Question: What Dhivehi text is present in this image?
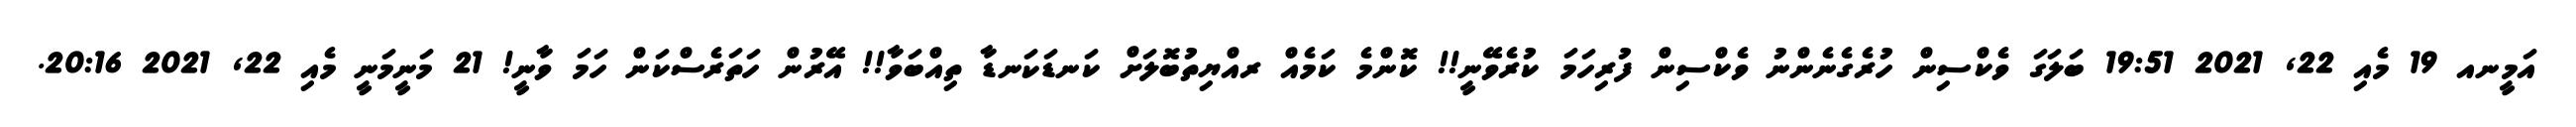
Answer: އަމީނއ 19 މެއި 22, 2021 19:51 ބަލަގަ ވެކްސިން ހުރެގެނެންނު ވެކްސިން ފުރިހަމަ ކުރެވޭނީ!! ކޮންމެ ކަމެއް ރއްޔިތުބޮލަށް ކަނޑަކަނޑާ ތިއްބަވާ!! އޭރުން ހަތަރެސްކަން ހަމަ ވާނީ! 21 މަނީމަނީ މެއި 22, 2021 20:16.